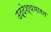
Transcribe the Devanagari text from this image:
उद्देश्यभारत